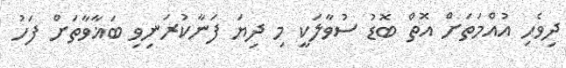
ދިވެހި އުއްމަތަށް އޮތް ބޮޑު ސުވާލަކީ މި ދިޔަ ފަނާކުރަނިވި ބަޣާވާތަށް ފަހު